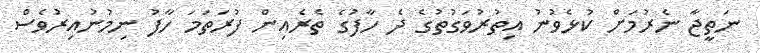
ނަތީޖާ ނެރުމަށް ކުޅެވުނު އިތުރުވަގުތުގެ ދެ ހާފުގެ ތެރެއިން ފުރަތަމަ ހާފު ނިމުނުއިރުވެސް